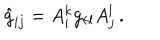
LaTeX: \hat { g } _ { i j } = A _ { i } ^ { k } g _ { k l } A _ { j } ^ { l } \, .